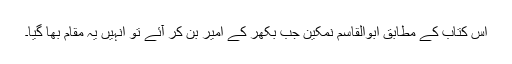
اس کتاب کے مطابق ابوالقاسم نمکین جب بکھر کے امیر بن کر آئے تو انہیں یہ مقام بھا گیا۔